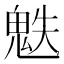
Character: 䰡